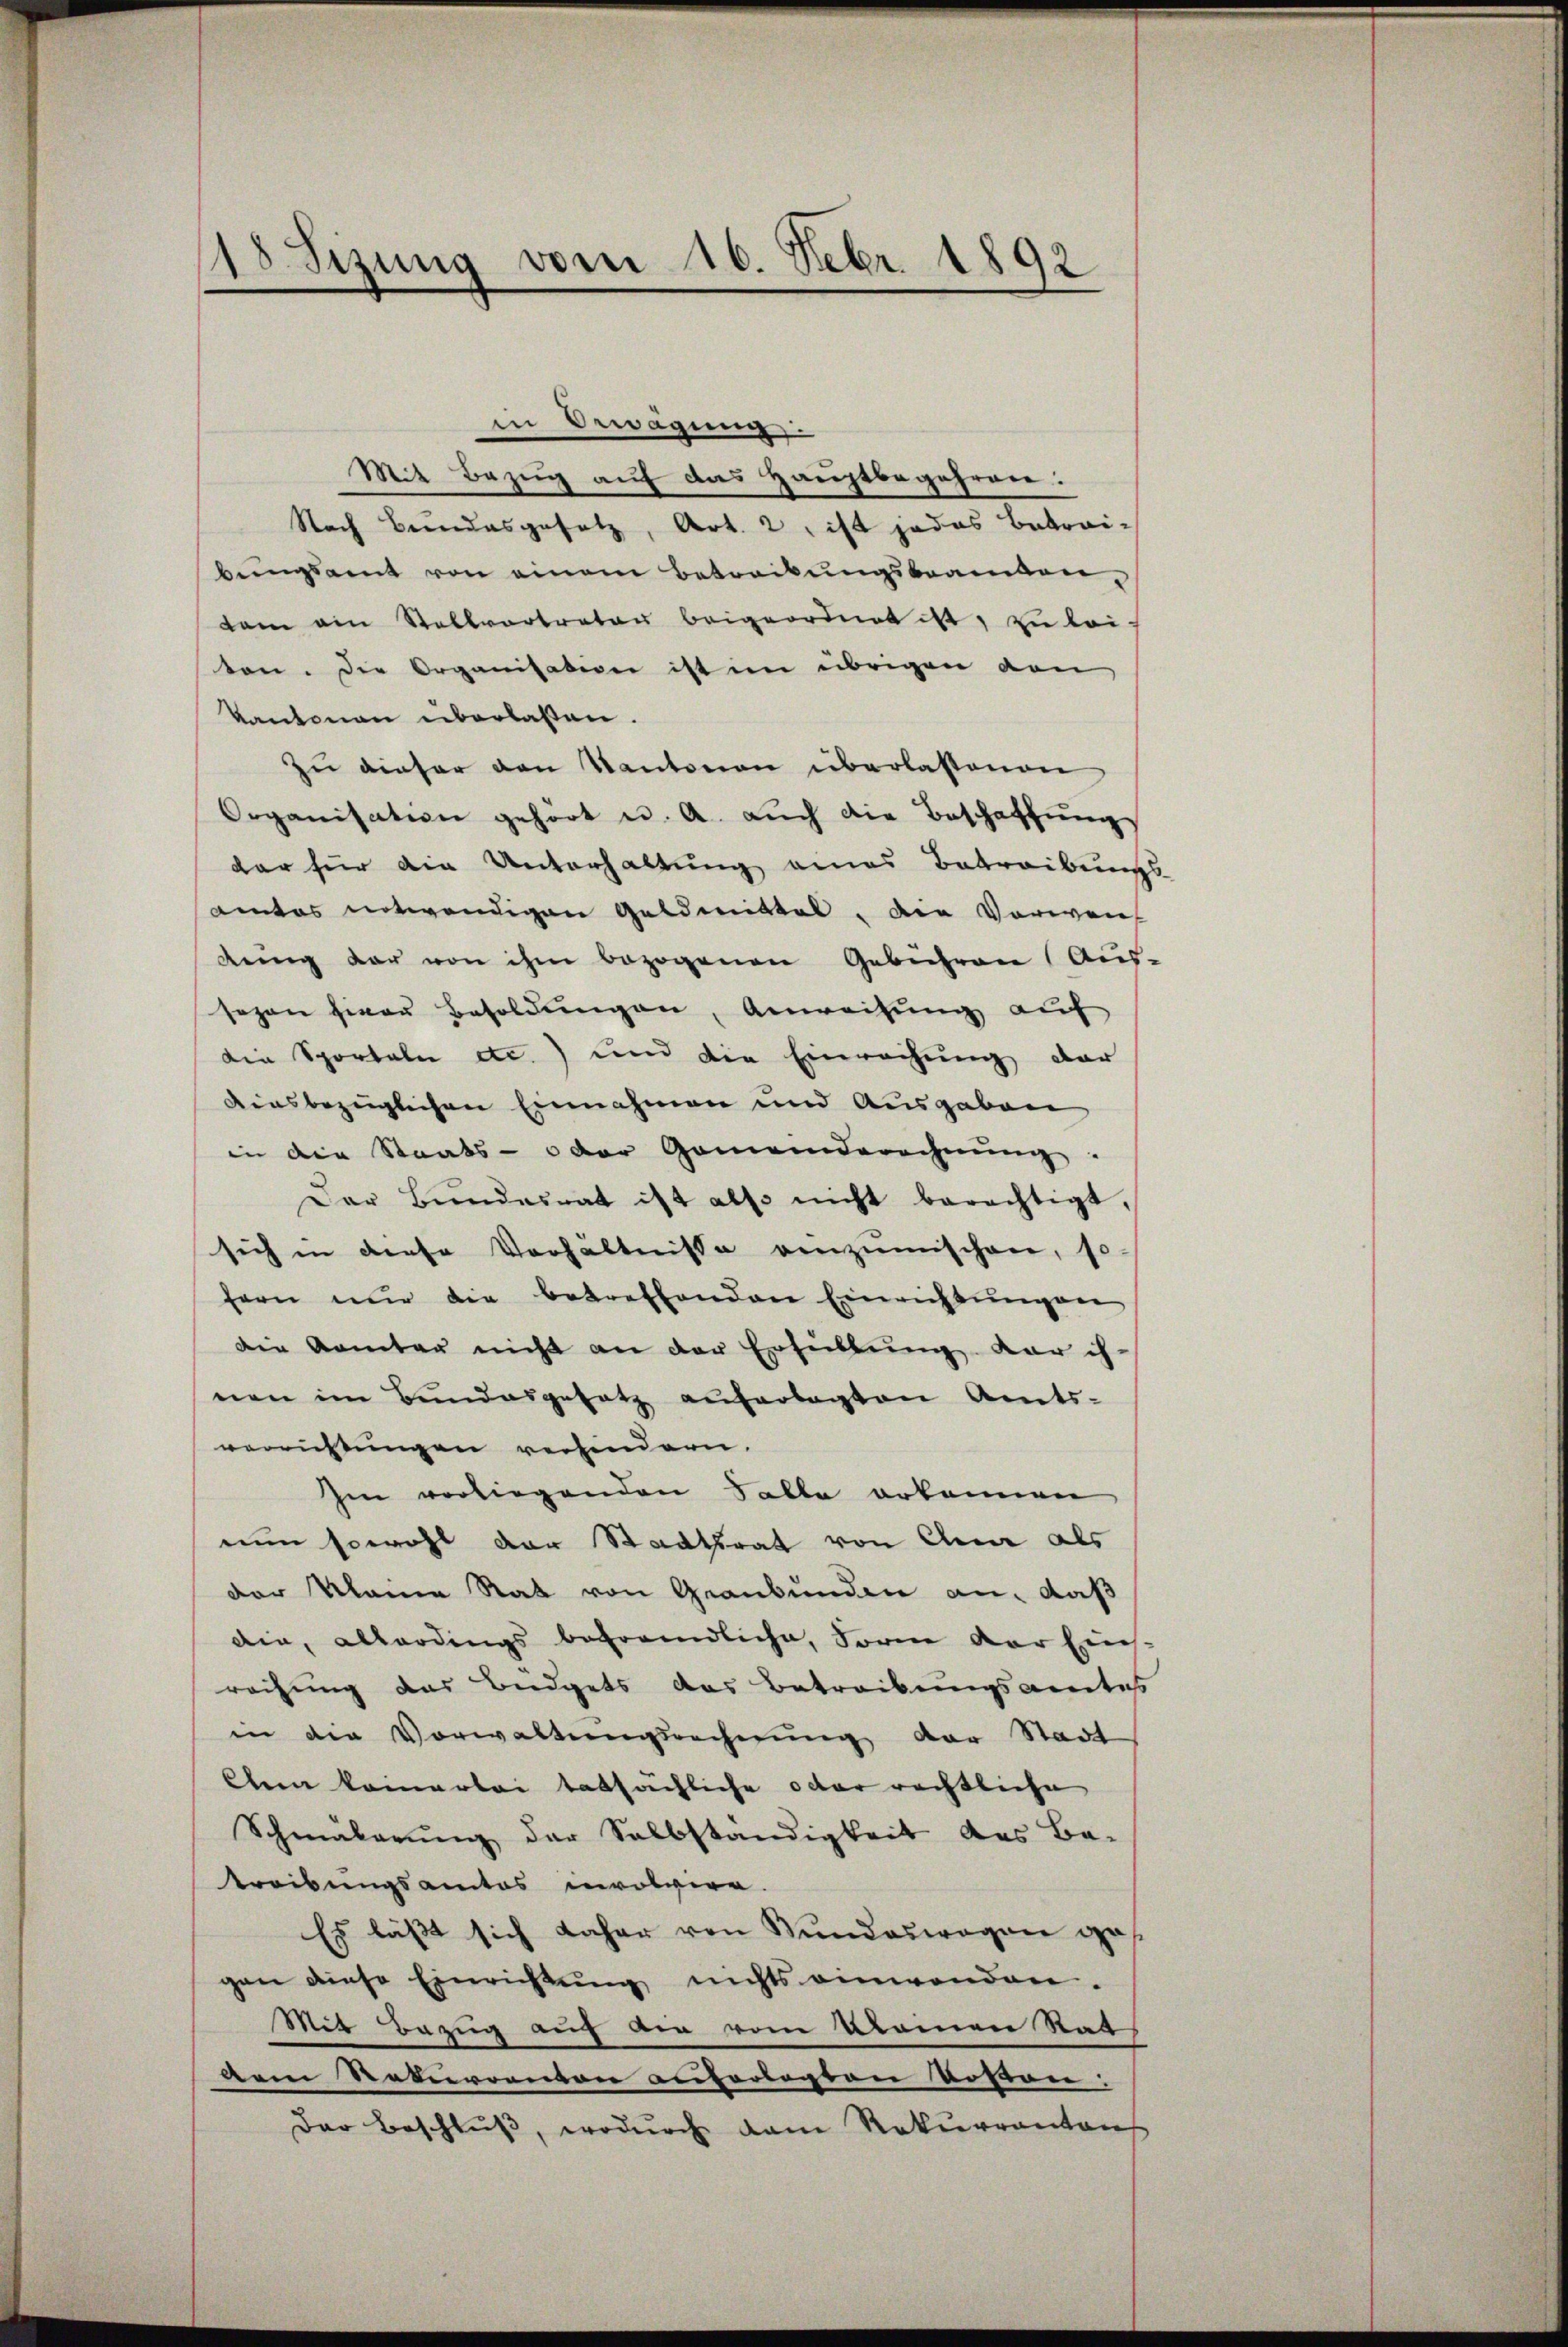
18 Sizung vom 16. Febr. 1892

in Bewegung
Mit Bezug auf das Hauptbegehren:
Nach Bundesgesetz, Art. 2, ist jedes Betrai-
bŭngsamt von einem Betreibŭngsbeamten,
dam ein Stellvertrator beigeordnet ist, zu lei-
ten. Die Organisation ist im übrigen von
Kantonen überlaßen.
zŭ dieser den Kantonen überlassenen
Organisation gehört u. A. aŭch die Beschaffŭng
dar für die Unterhaltung eines Betreibungs-
amtes notwendigen Geldmittel. Die Vorweich
dŭng dar von ihm bezogenen Gebühren (Aus-
sogen hiern Besoldungen, Anweisung auf
die Sportale etc.) und die Einrechung der
aiesbezüglichen Einnahmen und Ausgaben
in die Staats- u der Gemeinderechnŭng
Der Bŭndesrat ist also nicht berechtigt,
sich in diese Verhältnisse verzimischen, so-
fern nŭr die betreffenden Einrichtŭngen
Die Aemter nicht an der Erfüllŭng der ih-
nen im Bŭndesgesetz auferlegten Amts-
verrichtungen verhindern.
Im verliegenden Falle erkennen
nun sowohl der Stadtrat von Anna als
der kleine Rat von Graubünden an, daß
die, allerdings befremdliche, Form der Ein-
rechung des Büdgets das Betreibungsamtes
in die Vorwaltungsrechnung der Stadt
klein kamerlei tatsächliche oder rechtliche
Schmälerŭng der Selbständigkeit des Be-
treibungsamtos involvire.
Es lässt sich daher von Bundeswegen ges
gen diese Einrichtŭng nichts einwenden.
Mit Bezug auf der vom klamen Rat
dem Rebevor von auferlasten Kosten:
Der Beschlŭβ, wodŭrch dem Rekŭrrantons